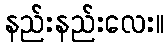
နည်းနည်းလေး။